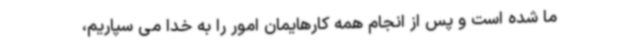
ما شده است و پس از انجام همه کارهایمان امور را به خدا می سپاریم،